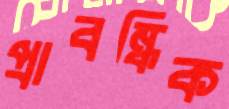
প্রাবন্ধিক